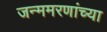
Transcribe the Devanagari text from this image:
जन्ममरणांच्या